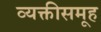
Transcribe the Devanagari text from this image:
व्यक्तीसमूह